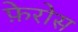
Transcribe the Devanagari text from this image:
फ़ेरोस